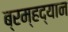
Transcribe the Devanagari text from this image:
ब्रम्हद्यान